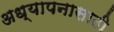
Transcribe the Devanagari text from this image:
अध्यापनासाठी